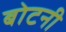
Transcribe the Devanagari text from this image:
बोटनी